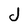
Character: J